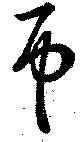
弔